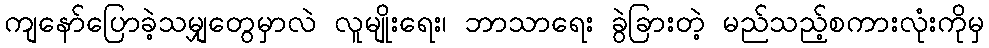
ကျနော်ပြောခဲ့သမျှတွေမှာလဲ လူမျိုးရေး၊ ဘာသာရေး ခွဲခြားတဲ့ မည်သည့်စကားလုံးကိုမှ